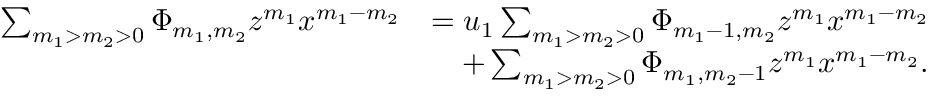
\begin{array} { r l } { \sum _ { m _ { 1 } > m _ { 2 } > 0 } \Phi _ { m _ { 1 } , m _ { 2 } } z ^ { m _ { 1 } } x ^ { m _ { 1 } - m _ { 2 } } } & { = u _ { 1 } \sum _ { m _ { 1 } > m _ { 2 } > 0 } \Phi _ { m _ { 1 } - 1 , m _ { 2 } } z ^ { m _ { 1 } } x ^ { m _ { 1 } - m _ { 2 } } } \\ & { \quad + \sum _ { m _ { 1 } > m _ { 2 } > 0 } \Phi _ { m _ { 1 } , m _ { 2 } - 1 } z ^ { m _ { 1 } } x ^ { m _ { 1 } - m _ { 2 } } . } \end{array}